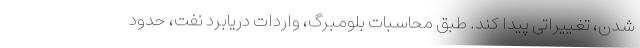
شدن، تغییراتی پیدا کند. طبق محاسبات بلومبرگ، واردات دریابرد نفت، حدود